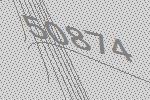
50874